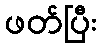
ဖတ်ပြီး